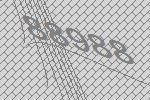
88988